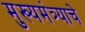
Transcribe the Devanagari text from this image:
मुख्यमंत्र्याचे